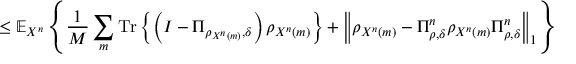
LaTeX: \leq \mathbb { E } _ { X ^ { n } } \left\{ { \frac { 1 } { M } } \sum _ { m } { \mathrm { T r } } \left\{ \left( I - \Pi _ { \rho _ { X ^ { n } \left( m \right) } , \delta } \right) \rho _ { X ^ { n } \left( m \right) } \right\} + \left\Vert \rho _ { X ^ { n } \left( m \right) } - \Pi _ { \rho , \delta } ^ { n } \rho _ { X ^ { n } \left( m \right) } \Pi _ { \rho , \delta } ^ { n } \right\Vert _ { 1 } \right\}